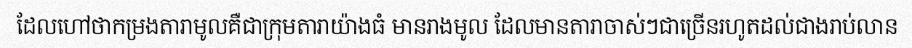
ដែលហៅថាកម្រងតារាមូលគឺជាក្រុមតារាយ៉ាងធំ មានរាងមូល ដែលមានតារាចាស់ៗជាច្រើនរហូតដល់ជាងរាប់លាន